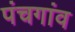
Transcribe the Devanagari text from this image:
पंचगांव